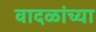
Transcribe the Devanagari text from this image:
वादळांच्या